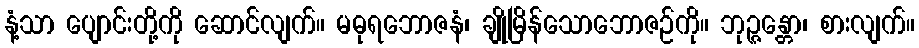
နံ့သာ ပျောင်းတို့ကို ဆောင်လျက်။ မဓုရဘောဇနံ၊ ချိုမြိန်သောဘောဇဉ်ကို။ ဘုဉ္ဇန္တော၊ စားလျက်။